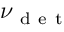
\nu _ { \mathrm { ~ d ~ e ~ t ~ } }